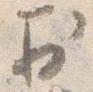
於